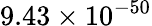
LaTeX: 9.43\times 10^{-50}